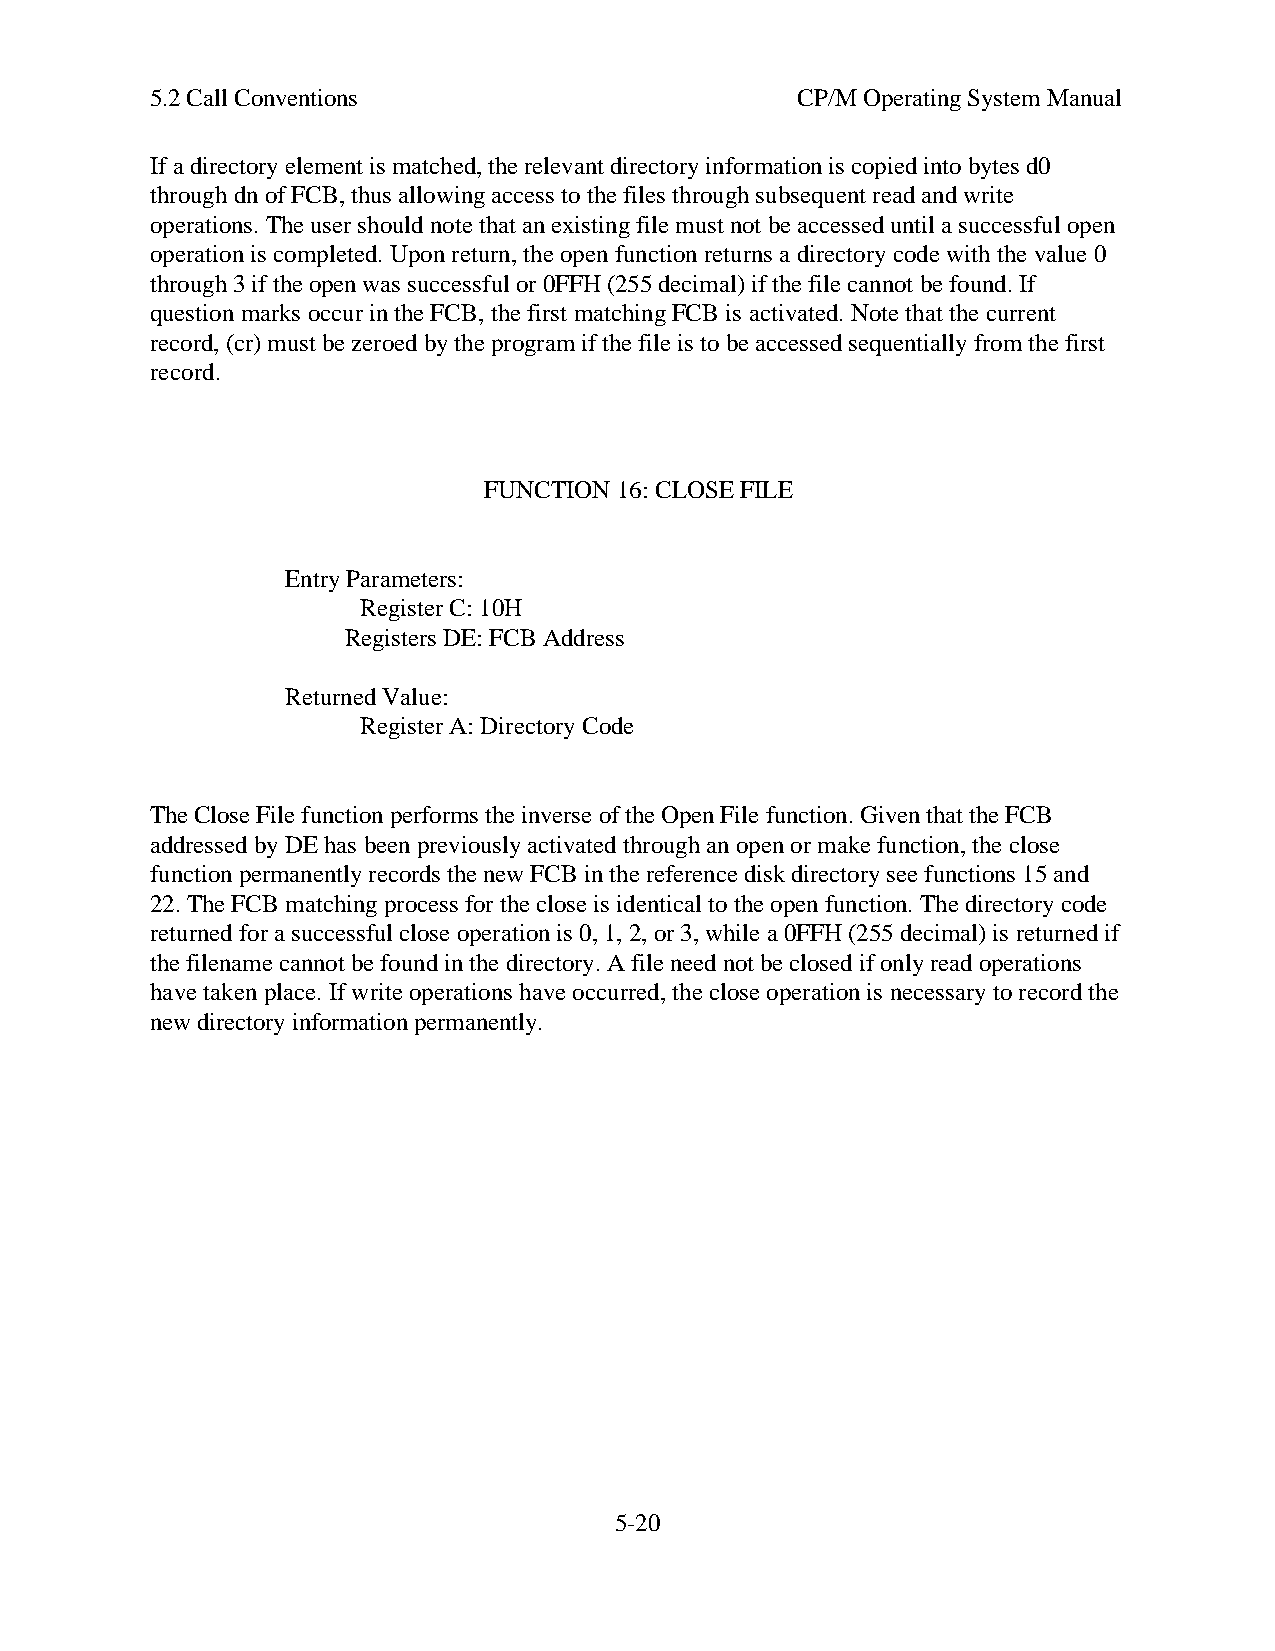
5.2 Call Conventions                       CP/M Operating System Manual
 If a directory element is matched, the relevant directory information is copied into bytes d0
 through dn of FCB, thus allowing access to the files through subsequent read and write
 operations. The user should note that an existing file must not be accessed until a successful open
 operation is completed. Upon return, the open function returns a directory code with the value 0
 through 3 if the open was successful or 0FFH (255 decimal) if the file cannot be found. If
 question marks occur in the FCB, the first matching FCB is activated. Note that the current
 record, (cr) must be zeroed by the program if the file is to be accessed sequentially from the first
 record.
 FUNCTION 16: CLOSE FILE
 Entry Parameters:
 Register C: 10H
 Registers DE: FCB Address
 Returned Value:
 Register A: Directory Code
 The Close File function performs the inverse of the Open File function. Given that the FCB
 addressed by DE has been previously activated through an open or make function, the close
 function permanently records the new FCB in the reference disk directory see functions 15 and
 22. The FCB matching process for the close is identical to the open function. The directory code
 returned for a successful close operation is 0, 1, 2, or 3, while a 0FFH (255 decimal) is returned if
 the filename cannot be found in the directory. A file need not be closed if only read operations
 have taken place. If write operations have occurred, the close operation is necessary to record the
 new directory information permanently.
 5-20